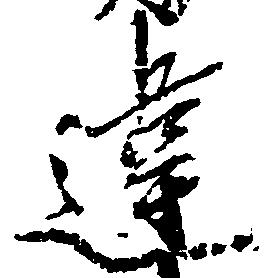
違